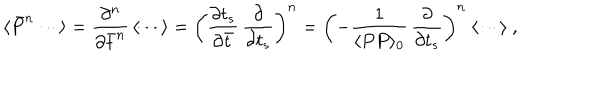
LaTeX: \langle \bar { P } ^ { n } \cdots \rangle = { \frac { \partial ^ { n } } { \partial \bar { t } ^ { n } } } \, \langle \cdots \rangle = \left( { \frac { \partial t _ { s } } { \partial \bar { t } } } \, { \frac { \partial } { \partial t _ { s } } } \right) ^ { n } = \left( - { \frac { 1 } { \langle P P \rangle _ { 0 } } } \, { \frac { \partial } { \partial t _ { s } } } \right) ^ { n } \ \langle \cdots \rangle \ ,